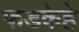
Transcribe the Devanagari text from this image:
फडकेहे